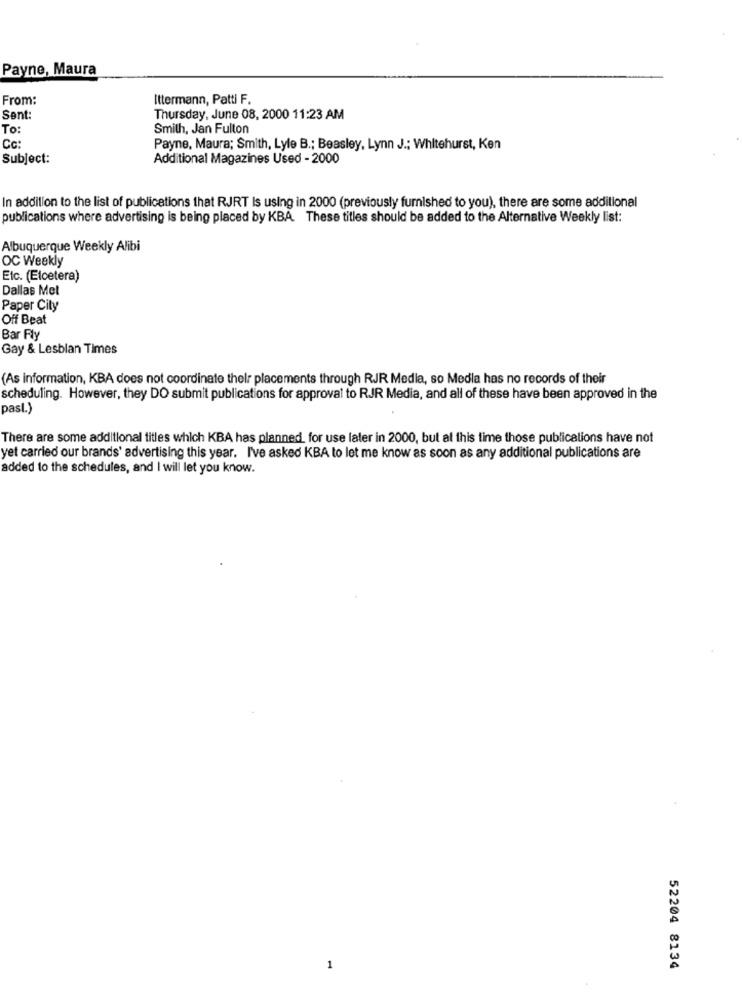
Payne, Maura
From:
Ittermann, Patti F.
Sent:
Thursday, June 08, 2000 11:23 AM
To:
Smith, Jan Fulton
Cc:
Payne, Maura; Smith, Lyle B .; Beasley, Lynn J .; Whitehurst, Ken
Subject:
Additional Magazines Used - 2000
In addition to the list of publications that RJRT Is using in 2000 (previously furnished to you), there are some additional
publications where advertising is being placed by KBA. These titles should be added to the Alternative Weekly list:
Albuquerque Weekly Alibi
OC Weekly
Etc. (Etcetera)
Dallas Mel
Paper City
Off Beat
Bar Fly
Gay & Lesblan Times
(As information, KBA does not coordinate their placements through RJR Media, so Media has no records of their
scheduling. However, they DO submit publications for approval to RJR Media, and all of these have been approved in the
past.)
There are some additional titles which KBA has planned for use later in 2000, but at this time those publications have not
yet carried our brands' advertising this year. I've asked KBA to let me know as soon as any additional publications are
added to the schedules, and I will let you know.
1
52204 8134